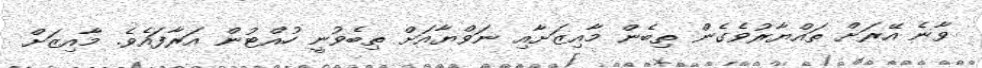
ވާނެ އޭރަށް ތައްޔާރުވެގެން ތިބެން މާއިޒަށާއި ނަވްޔާއަށް ތިބެވުނީ ހުއްޓުން އަރާފައެވެ. މާއިޒަށް